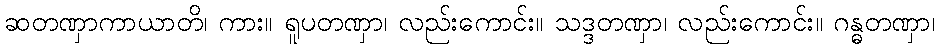
ဆတဏှာကာယာတိ၊ ကား။ ရူပတဏှာ၊ လည်းကောင်း။ သဒ္ဒတဏှာ၊ လည်းကောင်း။ ဂန္ဓတဏှာ၊